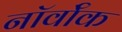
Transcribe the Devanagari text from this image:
नॉर्वॉक